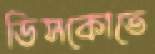
ডিসকোতে